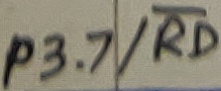
Text: P3.7/RD